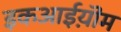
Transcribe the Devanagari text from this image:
इकआईय़ॊम